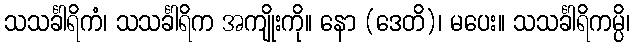
သသင်္ခါရိကံ၊ သသင်္ခါရိက အကျိုးကို။ နော (ဒေတိ)၊ မပေး။ သသင်္ခါရိကမ္ပိ၊